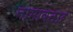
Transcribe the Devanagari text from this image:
नामावतार